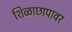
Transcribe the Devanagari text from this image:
शिळाछापावर